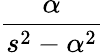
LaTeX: \frac{\alpha}{s^{2}-\alpha^{2}}